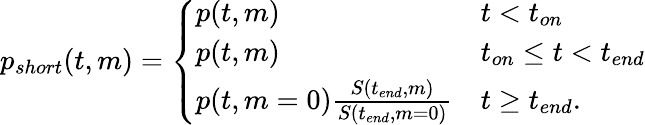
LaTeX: \begin{array}{r}{p_{short}(t,m)=\left\{ \begin{array}{ll}{p(t,m)}&{t<t_{on}}\\ {p(t,m)}&{t_{on}\leq t<t_{end}}\\ {p(t,m=0)\frac{S(t_{end},m)}{S(t_{end},m=0)}}&{t\geq t_{end}.}\end{array}\right.}\end{array}